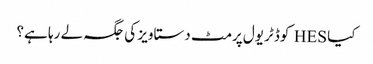
کیا HES کوڈ ٹریول پرمٹ دستاویز کی جگہ لے رہا ہے؟